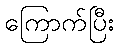
ကြောက်ပြီး